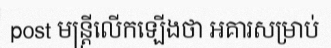
post មន្ត្រីលើកឡើងថា អគារសម្រាប់